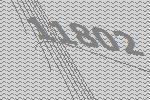
11802